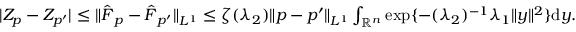
\begin{array} { r } { | Z _ { p } - Z _ { p ^ { \prime } } | \leq \| \hat { \boldsymbol { F } } _ { p } - \hat { \boldsymbol { F } } _ { p ^ { \prime } } \| _ { L ^ { 1 } } \leq \zeta ( \lambda _ { 2 } ) \| p - p ^ { \prime } \| _ { L ^ { 1 } } \int _ { \mathbb { R } ^ { n } } \exp \{ - ( \lambda _ { 2 } ) ^ { - 1 } \lambda _ { 1 } \| y \| ^ { 2 } \} \mathrm { d } y . } \end{array}